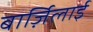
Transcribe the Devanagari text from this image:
बार्ज़िलाई